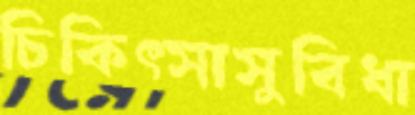
চিকিত্সাসুবিধা